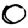
Digit: 0